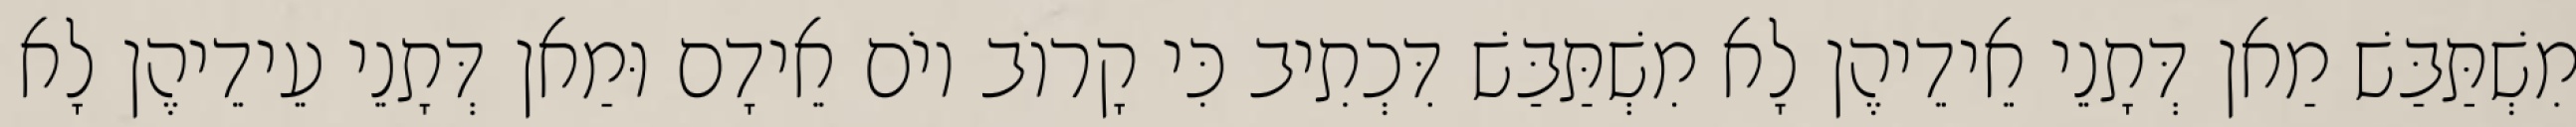
מִשְׁתַּבַּשׁ מַאן דְּתָנֵי אֵידֵיהֶן לָא מִשְׁתַּבַּשׁ דִּכְתִיב כִּי קָרוֹב יוֹם אֵידָם וּמַאן דְּתָנֵי עֵידֵיהֶן לָא